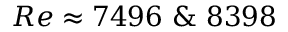
R e \approx 7 4 9 6 ~ \& ~ 8 3 9 8